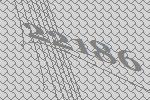
22186